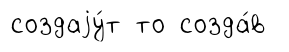
создаjу́т то созда́в